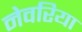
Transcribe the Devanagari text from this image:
नेवरिया